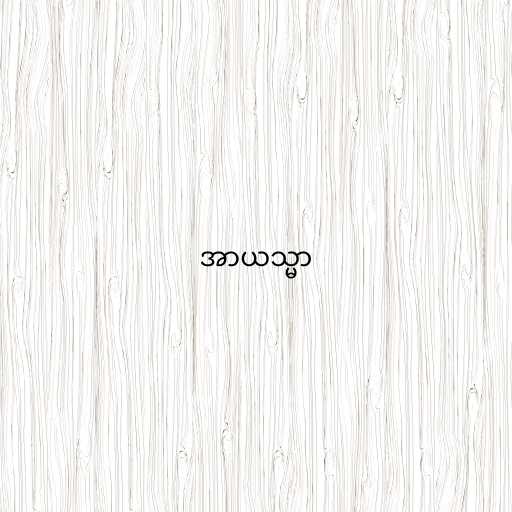
အာယသ္မာ